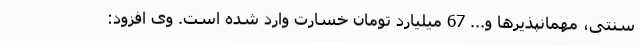
سنتی، مهمانپذیرها و... 67 میلیارد تومان خسارت وارد شده است. وی افزود: